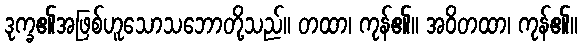
ဒုက္ခ၏အဖြစ်ဟူသောသဘောတို့သည်။ တထာ၊ ကုန်၏။ အဝိတထာ၊ ကုန်၏။